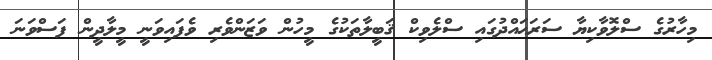
މިހާރުގެ ސްލޮވާކިޔާ ސަރަޙައްދުގައި ސްލެވިކް ޤަބީލާތަކުގެ މީހުން ވަޒަންވެރި ވެފައިވަނީ މީލާދީން ފަސްވަނަ